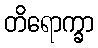
တိရောက္ခာ